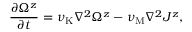
\frac { \partial \Omega ^ { z } } { \partial t } = \nu _ { \mathrm { { K } } } \nabla ^ { 2 } \Omega ^ { z } - \nu _ { \mathrm { { M } } } \nabla ^ { 2 } J ^ { z } ,